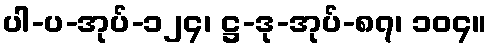
ပါ-ပ-အုပ်-၁၂၄၊ ဋ္ဌ-ဒု-အုပ်-၈၇၊ ၁၀၄။